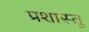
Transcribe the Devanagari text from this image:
प्रशास्तु